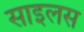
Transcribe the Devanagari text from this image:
साइलस